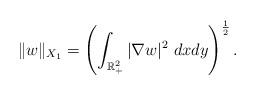
LaTeX: \begin{align*}\|w\|_{X_1}=\left(\int_{\mathbb R^2_+} |\nabla w|^2~dxdy\right)^{\frac{1}{2}}.\end{align*}